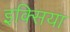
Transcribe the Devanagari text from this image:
इक्सिया